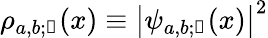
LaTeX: \rho_{a,b;\mathscr{n}}(x)\equiv{\left|\psi_{a,b;\mathscr{n}}(x)\right|}^{2}